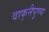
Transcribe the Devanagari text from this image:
वाक्‌नैपुण्य